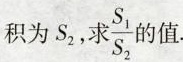
积为S_{2}，求 \frac{S_{1}}{S_{2}} 值.